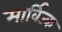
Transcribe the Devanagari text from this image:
मार्विज्क